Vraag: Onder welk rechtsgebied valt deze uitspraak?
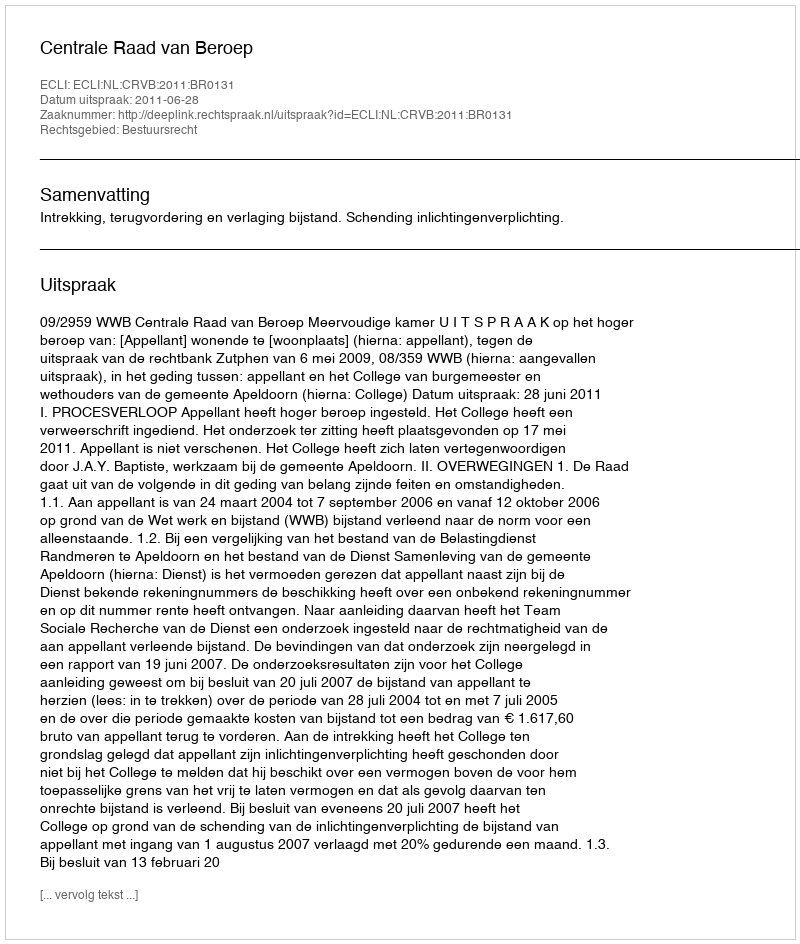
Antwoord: Bestuursrecht